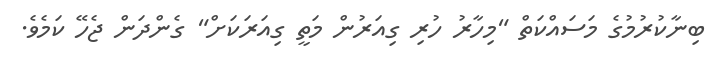
ބިނާކުރުމުގެ މަސައްކަތް "މިހާރު ހުރި ގިއަރުން މަތީ ގިއަރަކަށް" ގެންދަން ޖެހޭ ކަމެވެ.